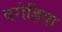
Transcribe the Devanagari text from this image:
बरोड़िया